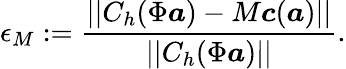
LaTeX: \epsilon_{M}:=\frac{||C_{h}(\Phi\boldsymbol{a})-M\boldsymbol{c}(\boldsymbol{a})||}{||C_{h}(\Phi\boldsymbol{a})||}.